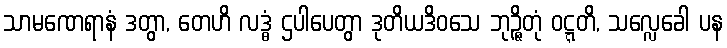
သာမဏေရာနံ ဒတွာ, တေဟိ လဒ္ဓံ ဌပါပေတွာ ဒုတိယဒိဝသေ ဘုဉ္ဇိတုံ ဝဋ္ဋတိ, သလ္လေခေါ ပန